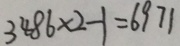
3 4 8 6 \times 2 - 1 = 6 9 7 1